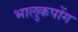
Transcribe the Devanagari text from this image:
भालुकपोंग